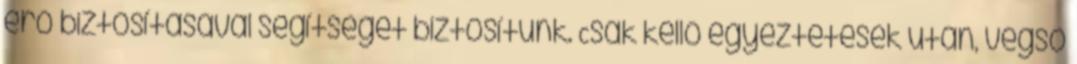
erő biztosításával segítséget biztosítunk. Csak kellő egyeztetések után, végső